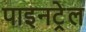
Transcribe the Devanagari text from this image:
पाइनट्रेल